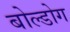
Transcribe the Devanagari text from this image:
बोल्डोग